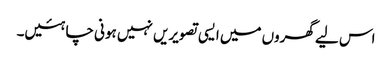
اس لیے گھروں میں ایسی تصویریں نہیں ہونی چاہئیں۔